Annual administration report of the Civil Veterinary Department of India - 1893-1894
Year: 1893
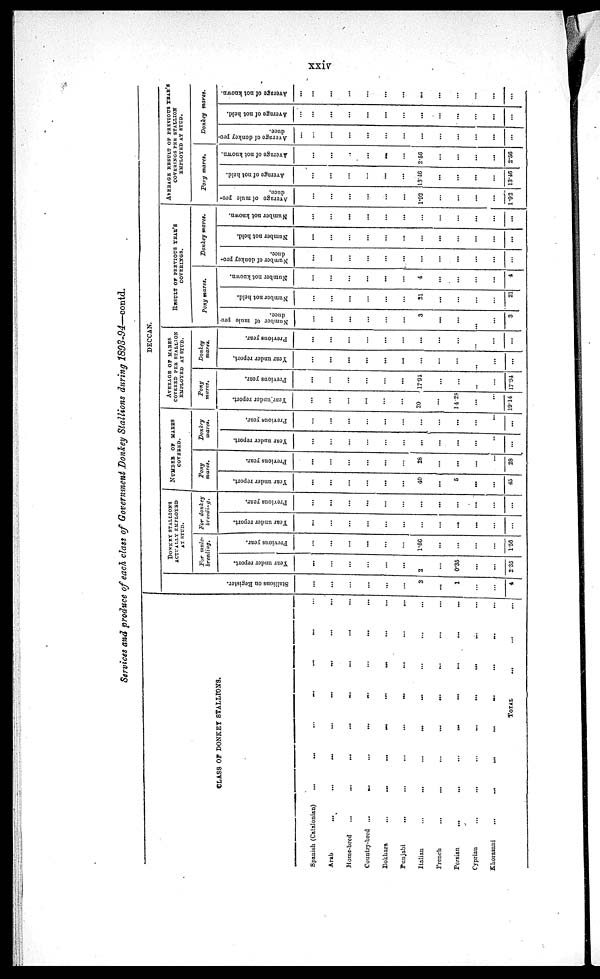
xxiv
Services and produce of each class of Government Donkey Stallions during 1893-94—contd.
CLASS OF DONKEY STALLIONS.
Spanish (Catalonian) ... ... ... ... ... ... ...
Arab ... ... ... ... ... ... ... ...
Home-bred
...
...
...
...
...
...
...
...
Country-bred
...
...
...
...
...
...
...
...
Bokhara ... ... ... ... ... ... ... ...
Punjabi ... ... ... ... ... ... ... ...
Italian ... ... ... ... ... ... ... ...
French ... ... ... ... ... ... ... ...
Persian ... ... ... ... ... ... ... ...
Cyprian ... ... ... ... ... ... ... ...
Khorasani ... ... ... ... ... ... ... ...
TOTAL
...
...
...
...
...
...
...
...
DECCAN.
Stallions on Regi s t
er .
...
...
...
...
...
...
3
...
1
...
...
4
DONKEY STALLIONS
ACTUALLY EMPLOYED
AT STUD.
For mule-
breeding.
Year under report.
...
...
...
...
...
...
2
...
0.35
...
...
2.35
Previous year.
...
...
...
...
...
...
1.56
...
...
...
...
1.56
For donkey
breeding.
Year under report.
...
...
...
...
...
...
...
...
...
...
...
...
Previous year.
...
...
...
...
...
...
...
...
...
...
...
...
NUMBER OF MARES
COVERED.
Pony
mares.
Year under report.
...
...
...
...
...
...
40
...
5
...
...
45
Previous year.
...
...
...
...
...
...
28
...
...
...
...
28
Donkey
mares.
Year under report.
...
...
...
...
...
...
...
...
...
...
...
...
Previous year.
...
...
...
...
...
...
...
...
...
...
...
...
AVERAGE OF MARES
COVERED PER STALLION
EMPLOYED AT STUD.
Pony
mares.
Year under report.
...
...
...
...
...
...
20
...
14.28
...
...
19.14
Previous year.
...
...
...
...
...
...
17.94
...
...
...
...
17.94
Donkey
mares.
Year under report.
...
...
...
...
...
...
...
...
...
..
...
...
Previous year.
...
...
...
...
...
...
...
...
...
...
...
...
RESULT OF PREVIOUS YEAR'S
COVERINGS.
Pony mares.
Number of mule pro-
duce.
...
...
...
...
...
...
3
...
...
..
...
3
Number not held.
...
...
...
...
...
...
21
...
...
...
...
21
Number not known.
...
...
...
...
...
...
4
...
...
...
...
4
Donkey mares.
Number of donkey pro-
duce.
...
...
...
...
...
...
...
...
...
...
...
...
Number not held.
...
...
...
...
...
...
...
...
...
...
...
...
Number not known.
...
...
...
...
...
...
...
...
...
...
...
...
AVERAGE RESULT OF PREVIOUS YEAR'S
COVERINGS PER STALLION EMPLOYED
AT STUD.
Pony mares.
Average of mule pro-
duce.
...
...
...
...
...
...
1.92
...
...
...
...
1.92
Average of not held.
...
...
...
...
...
...
13.46
...
...
...
...
13.46
Average of not known.
...
...
...
...
...
...
2.56
...
...
...
...
2.56
Donkey
mares.
Average of donkey pro-
duce.
...
...
...
...
...
...
...
...
...
...
...
...
Average of not held.
...
...
...
...
...
...
...
...
...
...
...
Average of not known.
...
...
...
...
...
...
...
...
...
...
...
...